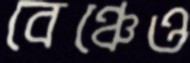
বেঞ্চেও